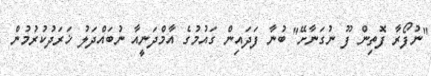
"ނުފޯރާ ފޮތިން ފޫ ނުގަނާށޭ" ބުނާ ފަދައިން ގައުމުގެ އާމްދަނީއާ ނުބައްދަލު ޚަރަދުކުރުމުން